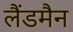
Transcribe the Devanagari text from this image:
लैंडमैन